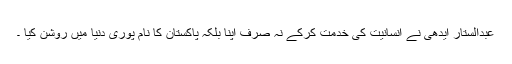
عبدالستار ایدھی نے انسانیت کی خدمت کرکے نہ صرف اپنا بلکہ پاکستان کا نام پوری دنیا میں روشن کیا ۔